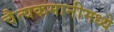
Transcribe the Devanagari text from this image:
चैत्यकमानीमध्ये